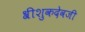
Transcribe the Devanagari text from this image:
श्रीशुकदेवजी